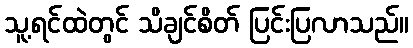
သူ့ရင်ထဲတွင် သိချင်စိတ် ပြင်းပြလာသည်။